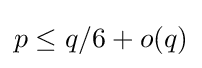
p\leq q/6+o(q)